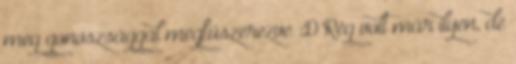
meg gonoszsággal megfűszerezve :D Rég volt már ilyen, de